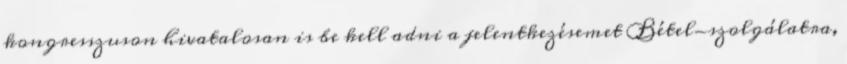
kongresszuson hivatalosan is be kell adni a jelentkezésemet Bétel-szolgálatra,